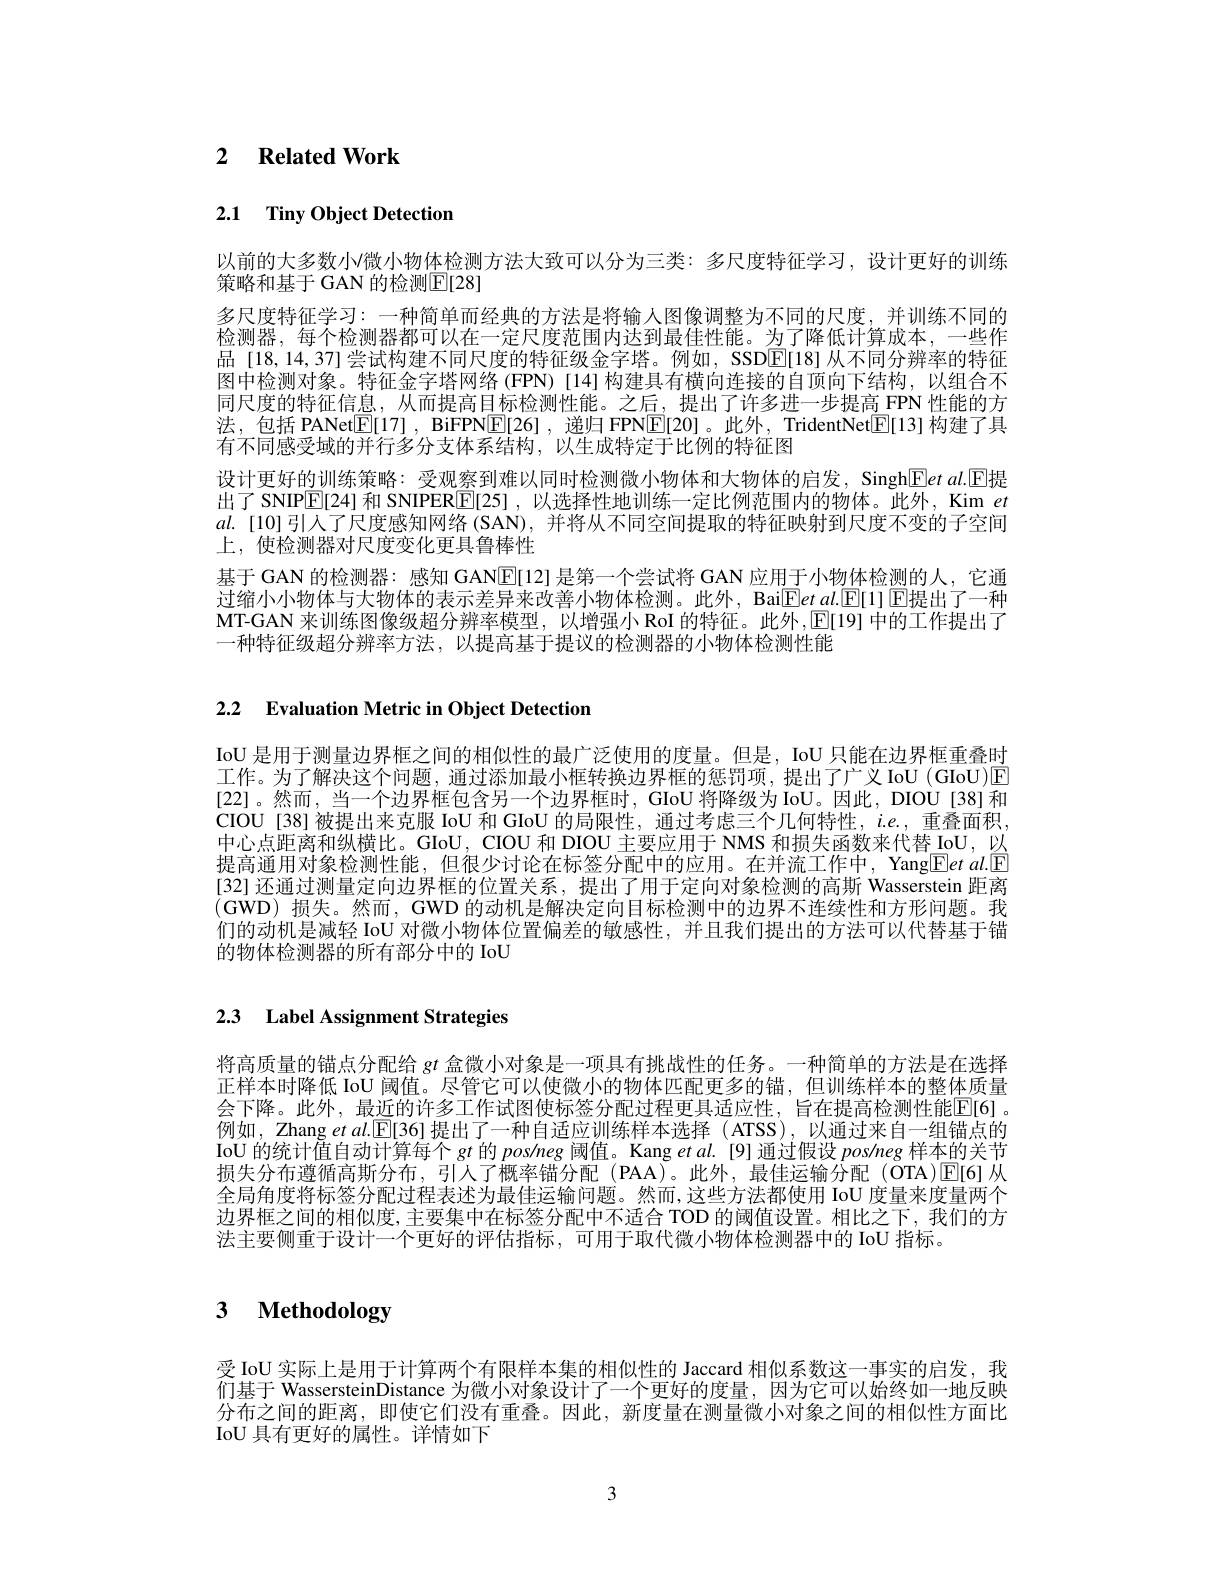
# 2 $\textbf{Related Work}$

# 2.1 Tiny Object Detection

以前的大多数小微小物体检测方法大致可以分为三类：多尺度特征学习，设计更好的训练
策略和基于 GAN 的检测$\boxed{\mathrm{E}}[28]$
多尺度特征学习：一种简单而经典的方法是将输入图像调整为不同的尺度，并训练不同的检测器，每个检测器都可以在一定尺度范围内达到最佳性能。为了降低计算成本，一些作品[18,14,37] 尝试构建不同尺度的特征级金字塔。例如，SSDE[18]从不同分辨率的特征图中检测对象。特征金字塔网络 (FPN) [14] 构建具有横向连接的自顶向下结构，以组合不同尺度的特征信息，从而提高目标检测性能。之后，提出了许多进一步提高 FPN 性能的方法，包括 PANet$\mathbb{E}[17]$, BiFPN$\mathbb{E}[26]$,递归 FPN$\mathbb{E}[20]$。此外，TridentNet$\mathbb{E}[13]$构建了具有不同感受域的并行多分支体系结构，以生成特定于比例的特征图
设计更好的训练策略：受观察到难以同时检测微小物体和大物体的启发，Singh$\overline{\mathrm{E}}etal.\boxed{\mathrm{E}}$提出了 SNIP$\mathbb{E}[24]$和 SNIPER[25],以选择性地训练一定比例范围内的物体。此外，Kim $et$ $al.$ [10]引人了尺度感知网络 (SAN), 并将从不同空间提取的特征映射到尺度不变的子空间上，使检测器对尺度变化更具鲁棒性
基于 GAN 的检测器：感知 GAN$\mathbb{E}[12]$是第一个尝试将 GAN 应用于小物体检测的人，它通过缩小小物体与大物体的表示差异来改善小物体检测。此外，Bai$\boxed{\mathrm{E}}etal.\boxed{\mathrm{E}}[1]\boxed{\mathrm{E}}$提出了一种MT-GAN 来训练图像级超分辨率模型，以增强小RoI 的特征。此外，$\operatorname{E[19]}$中的工作提出了一种特征级超分辨率方法，以提高基于提议的检测器的小物体检测性能

2.2 $\textbf{Evaluation Metric in Object Detection}$

IoU 是用于测量边界框之间的相似性的最广泛使用的度量。但是，IoU 只能在边界框重叠时工作。为了解决这个问题，通过添加最小框转换边界框的惩罚项，提出了广义 IoU (GIoU)$\overline{\mathrm{E}}$ [22]。然而，当一个边界框包含另一个边界框时，GIoU 将降级为 IoU。因此，DIOU[38]和CIOU[38]被提出来克服 IoU 和 GIoU 的局限性，通过考虑三个几何特性，$i.e.$,重叠面积， 中心点距离和纵横比。GIoU, CIOU 和 DIOU 主要应用于 NMS 和损失函数来代替 IoU,以提高通用对象检测性能，但很少讨论在标签分配中的应用。在并流工作中，YangEet al.[E] [32] 还通过测量定向边界框的位置关系，提出了用于定向对象检测的高斯 Wasserstein 距离(GWD)损失。然而，GWD 的动机是解决定向目标检测中的边界不连续性和方形问题。我们的动机是减轻 IoU 对微小物体位置偏差的敏感性，并且我们提出的方法可以代替基于锚的物体检测器的所有部分中的 IoU

# 2.3 Label Assignment Strategies

将高质量的锚点分配给$gt$盒微小对象是一项具有挑战性的任务。一种简单的方法是在选择正样本时降低 IoU 阈值。尽管它可以使微小的物体匹配更多的锚，但训练样本的整体质量会下降。此外，最近的许多工作试图使标签分配过程更具适应性，旨在提高检测性能$\mathbb{E}[6]$。例如，Zhang $etal.$[E[36]提出了一种自适应训练样本选择(ATSS),以通过来自一组锚点的IoU 的统计值自动计算每个$gt$的 pos/neg 阈值。Kang et al. [9] 通过假设 pos/neg 样本的关节损失分布遵循高斯分布，引人了概率锚分配(PAA)。此外，最佳运输分配(OTA)☑[6]从全局角度将标签分配过程表述为最佳运输问题。然而，这些方法都使用 IoU 度量来度量两个边界框之间的相似度，主要集中在标签分配中不适合 TOD 的阈值设置。相比之下，我们的方法主要侧重于设计一个更好的评估指标，可用于取代微小物体检测器中的 IoU 指标

# 3 $\textbf{Methodology}$

受 IoU 实际上是用于计算两个有限样本集的相似性的 Jaccard 相似系数这一事实的启发，我们基于 WassersteinDistance 为微小对象设计了一个更好的度量，因为它可以始终如一地反映分布之间的距离，即使它们没有重叠。因此，新度量在测量微小对象之间的相似性方面比IoU 具有更好的属性。详情如下

3